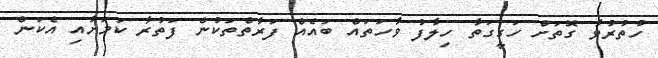
ހުތުރުވާ ގޮތަށް ހަގީގަތާ ހިލާފު ވާހަތައް ބައެއް ފަރާތްތަކުން ފަތުރާ ކަމަށާއި އެކަން